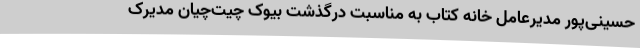
حسینی‌پور مدیرعامل خانه کتاب به مناسبت درگذشت بیوک چیت‌چیان مدیرک